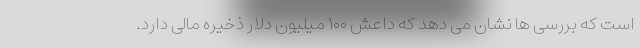
است که بررسی ها نشان می دهد که داعش ۱۰۰ میلیون دلار ذخیره مالی دارد.